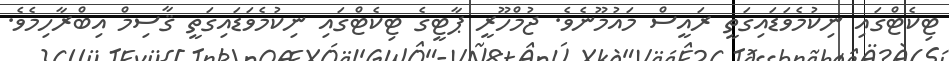
ޓިކެޓްގައި ނިކުމެވަޑައިގަތީ ރައީސް މައުމޫނެވެ. ޖުމްހޫރީ ޕާޓީގެ ޓިކެޓްގައި ނިކުމެވަޑައިގަތީ ޤާސިމް އިބްރާހިމެވެ.